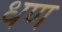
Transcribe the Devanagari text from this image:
धण